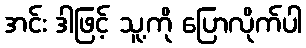
အင်း ဒါဖြင့် သူ့ကို ပြောလိုက်ပါ